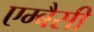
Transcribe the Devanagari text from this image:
एम्बैसी